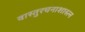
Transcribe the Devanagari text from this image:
वास्तुरचनाशास्त्न